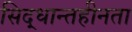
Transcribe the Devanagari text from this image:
सिद्धान्तहीनता